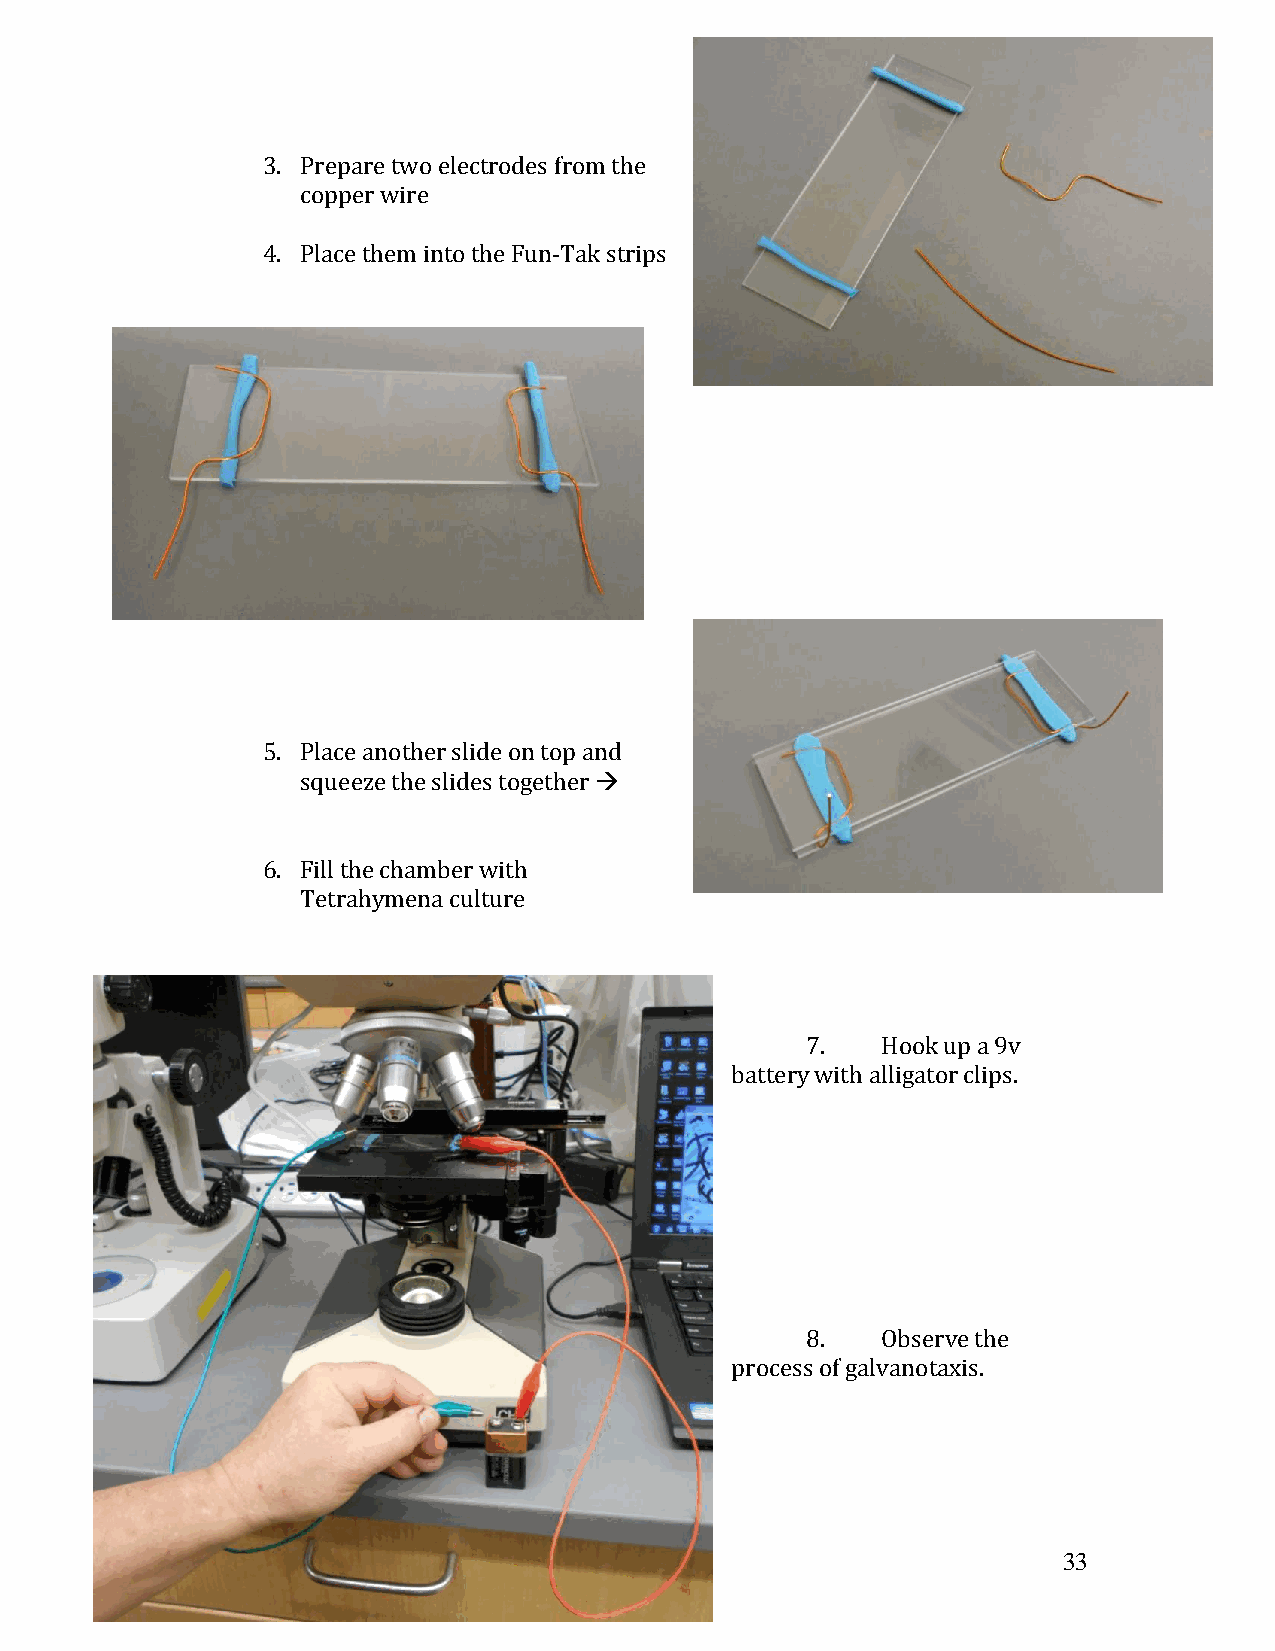
3. Prepare two electrodes from the
 copper wire
 4. Place them into the Fun-Tak strips
 5. Place another slide on top and
 squeeze the slides together 
 6. Fill the chamber with
 Tetrahymena culture
 7.   Hook up a 9v
 battery with alligator clips.
 8.   Observe the
 process of galvanotaxis.
 33